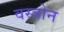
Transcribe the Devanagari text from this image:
वस्त्रोन